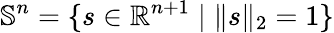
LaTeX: \mathbb{S}^{n}=\{ s\in\mathbb{R}^{n+1}\mid\| s\| _{2}=1\}